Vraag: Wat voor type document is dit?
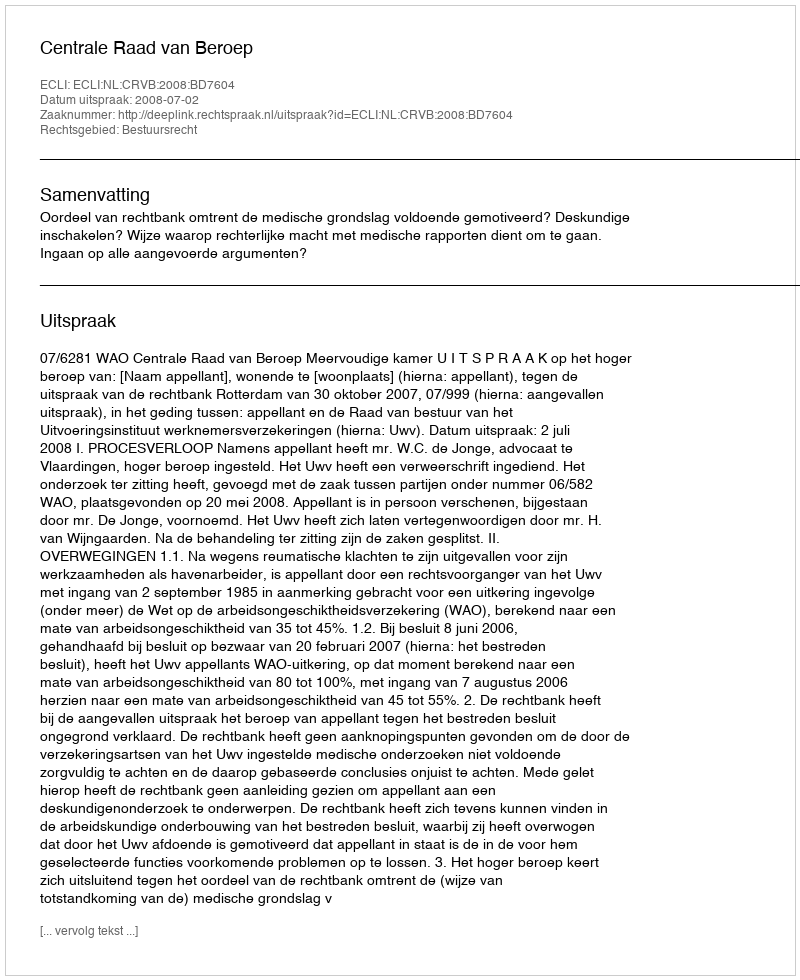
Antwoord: Uitspraak